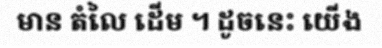
មាន តំលៃ ដើម ។ ដូចនេះ យើង